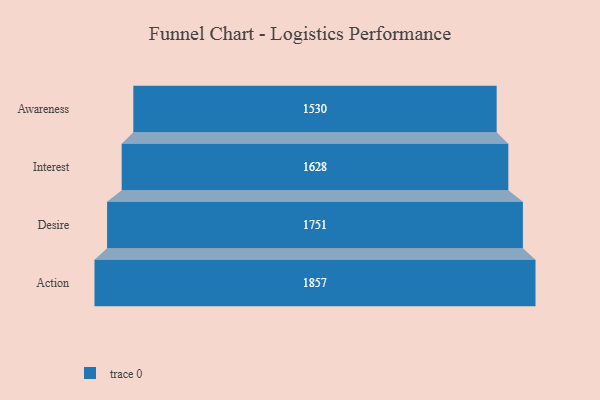
{"axis": {"x": "Stage", "y": "Value"}, "legend": [""], "data": [{"x": "Awareness", "y": 1530.0, "type": ""}, {"x": "Interest", "y": 1628.0, "type": ""}, {"x": "Desire", "y": 1751.0, "type": ""}, {"x": "Action", "y": 1857.0, "type": ""}]}